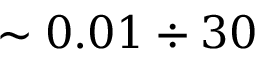
\sim 0 . 0 1 \div 3 0